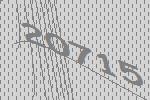
20715